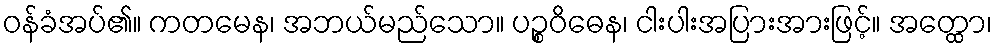
ဝန်ခံအပ်၏။ ကတမေန၊ အဘယ်မည်သော။ ပဉ္စဝိဓေန၊ ငါးပါးအပြားအားဖြင့်။ အတ္ထော၊